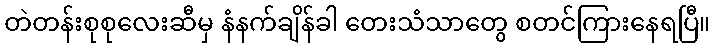
တဲတန်းစုစုလေးဆီမှ နံနက်ချိန်ခါ တေးသံသာတွေ စတင်ကြားနေရပြီ။